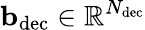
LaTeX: \mathbf{b}_{\mathrm{dec}}\in\mathbb{R}^{N_{\mathrm{dec}}}